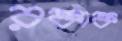
রক্তাক্ত